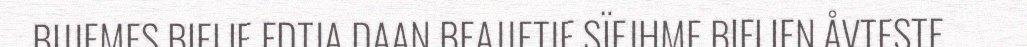
BIJJEMES BIELIE EDTJA DAAN BEAJJETJE SÏEJHME BIELIEN ÅVTESTE